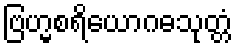
ဗြဟ္မစရိယောဂဓသုတ္တံ